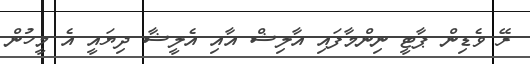
ރޭ ވެޑިން ޕާޓީ ނިންމާފައި އާލިޝް އާއި އެލީޝާ ދިޔައީ އެ މީހުން